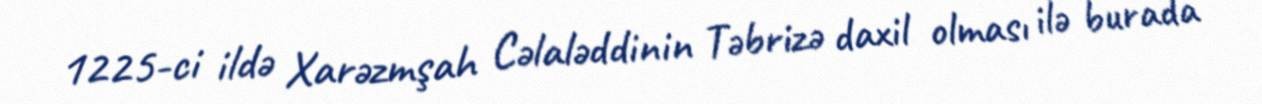
1225-ci ildə Xarəzmşah Cəlaləddinin Təbrizə daxil olması ilə burada